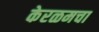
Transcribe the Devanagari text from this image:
केरळमचा